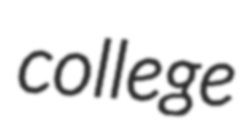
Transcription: college